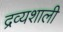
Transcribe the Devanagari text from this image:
द्रव्यशाली